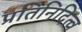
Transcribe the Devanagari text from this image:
प्रतिनिदित्व